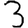
Digit: 3